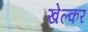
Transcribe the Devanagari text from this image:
खेल्कर